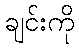
ချင်းကို